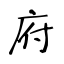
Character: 府